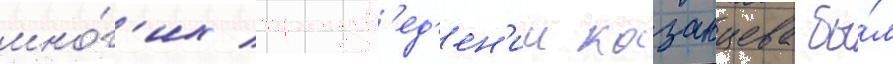
мно́г'их произв'ед'ен'ии казанцева бы́л